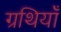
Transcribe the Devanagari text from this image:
ग्रथियाँ